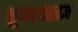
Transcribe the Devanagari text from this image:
भ्रूणशास्त्रज्ञ